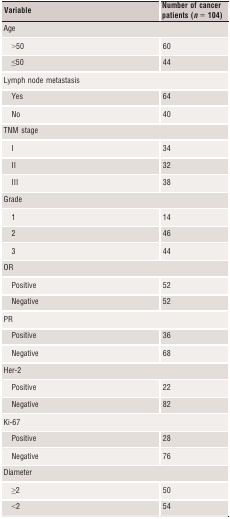
<table><thead><tr><td><b>Variable</b></td><td><b>Number of cancer patients (<i>n</i> = 104)</b></td></tr></thead><tbody><tr><td colspan="2">Age</td></tr><tr><td>&gt;50</td><td>60</td></tr><tr><td>≤50</td><td>44</td></tr><tr><td colspan="2">Lymph node metastasis</td></tr><tr><td>Yes</td><td>64</td></tr><tr><td>No</td><td>40</td></tr><tr><td colspan="2">TNM stage</td></tr><tr><td>I</td><td>34</td></tr><tr><td>II</td><td>32</td></tr><tr><td>III</td><td>38</td></tr><tr><td colspan="2">Grade</td></tr><tr><td>1</td><td>14</td></tr><tr><td>2</td><td>46</td></tr><tr><td>3</td><td>44</td></tr><tr><td colspan="2">OR</td></tr><tr><td>Positive</td><td>52</td></tr><tr><td>Negative</td><td>52</td></tr><tr><td colspan="2">PR</td></tr><tr><td>Positive</td><td>36</td></tr><tr><td>Negative</td><td>68</td></tr><tr><td colspan="2">Her‐2</td></tr><tr><td>Positive</td><td>22</td></tr><tr><td>Negative</td><td>82</td></tr><tr><td colspan="2">Ki‐67</td></tr><tr><td>Positive</td><td>28</td></tr><tr><td>Negative</td><td>76</td></tr><tr><td colspan="2">Diameter</td></tr><tr><td>≥2</td><td>50</td></tr><tr><td>&lt;2</td><td>54</td></tr></tbody></table>